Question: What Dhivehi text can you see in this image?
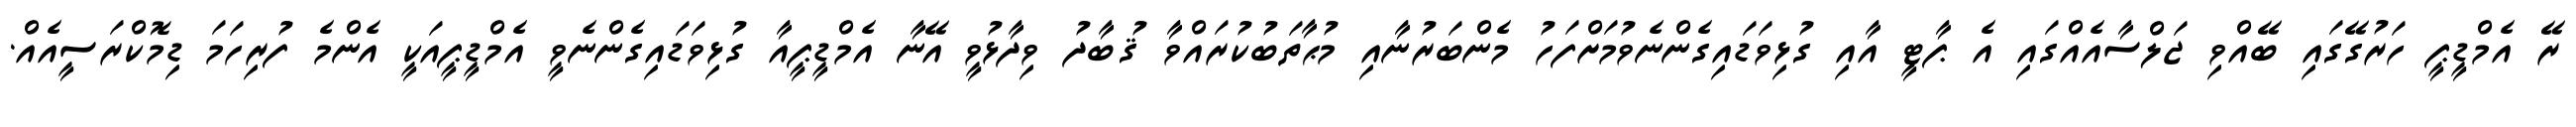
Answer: ރޭ އެމްޑީޕީ ހަރުގޭގައި ބޭއްވި ޖަލްސާއެއްގައި އެ ޕާޓީ އާއި ގުޅިވަޑައިގެންނެވުމަށްފަހު މެންބަރުނާއި މުޙާތަބުކުރައްވާ ޤުބާދު ވިދާޅުވީ އޭނާ އެމްޑީޕީއާ ގުޅިވަޑައިގެންނެވީ އެމްޑީޕީއަކީ އެންމެ ފުރިހަމަ ޑިމޮކްރަސީއެއް.